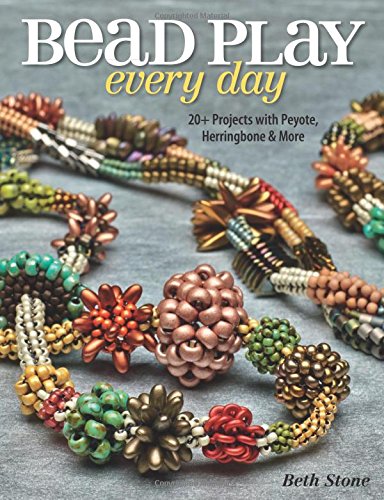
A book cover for Bead Play Every Day: 20+ Projects with Peyote, Herringbone, and More; Beth Stone; Crafts, Hobbies & Home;